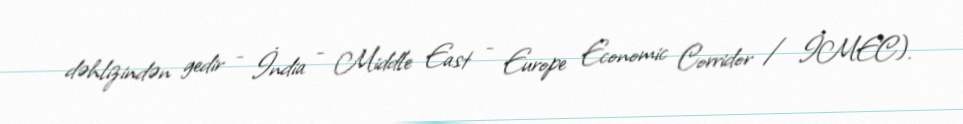
dəhlizindən gedir - İndia - Middle East - Europe Economic Corridor / İMEC).